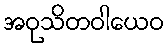
အဝုသိတဝါယေဝ